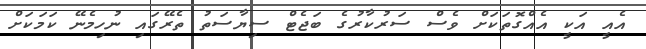
އެއީ އަކީ އެއްގޮތަކަށް ވެސް ސަރުކާރުގެ ބަޖެޓް ސިޔާސަތު ތެރޭގައި ނުހިމެނޭ ކަމަކަށް